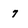
Character: 7